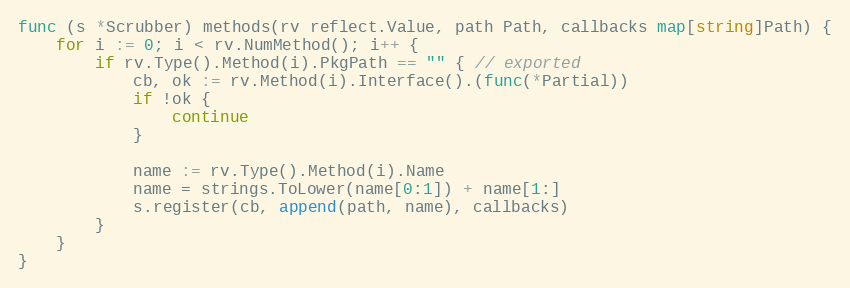
Language: Go
func (s *Scrubber) methods(rv reflect.Value, path Path, callbacks map[string]Path) {
	for i := 0; i < rv.NumMethod(); i++ {
		if rv.Type().Method(i).PkgPath == "" { // exported
			cb, ok := rv.Method(i).Interface().(func(*Partial))
			if !ok {
				continue
			}

			name := rv.Type().Method(i).Name
			name = strings.ToLower(name[0:1]) + name[1:]
			s.register(cb, append(path, name), callbacks)
		}
	}
}